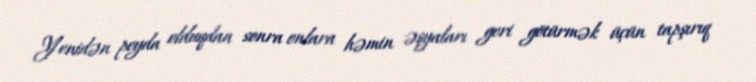
Yenidən peyda olduqdan sonra onlara həmin əşyaları geri götürmək üçün tapşırıq